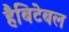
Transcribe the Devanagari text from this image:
हैबिटेबल